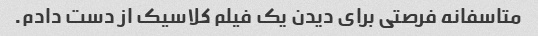
متاسفانه فرصتی برای دیدن یک فیلم کلاسیک از دست دادم.